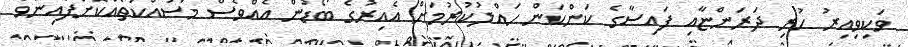
ވަކިވިއިރު ހުރި ދަރަންޏާއި ފައިސާގެ ކަންކަން ހައްލުކުރުމަށް އެއިރުގެ ބޯޑުން އެއްވެސް މަސައްކަތެއްކޮށްފައިނުވާ